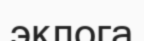
эклога